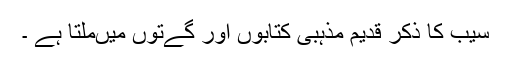
سیب کا ذکر قدیم مذہبی کتابوں اور گےتوں میںملتا ہے ۔